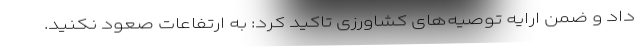
داد و ضمن ارایه توصیه‌های کشاورزی تاکید کرد: به ارتفاعات صعود نکنید.